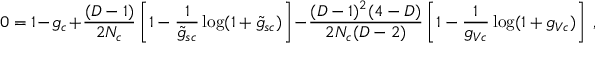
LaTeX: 0 = 1 - g _ { c } + \frac { ( D - 1 ) } { 2 N _ { c } } \left[ 1 - \frac { 1 } { \tilde { g } _ { s c } } \log ( 1 + \tilde { g } _ { s c } ) \right] - \frac { ( D - 1 ) ^ { 2 } ( 4 - D ) } { 2 N _ { c } ( D - 2 ) } \left[ 1 - \frac { 1 } { g _ { V c } } \log ( 1 + g _ { V c } ) \right] \ ,